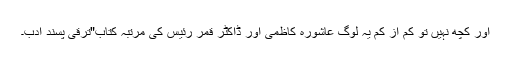
اور کچھ نہیں تو کم از کم یہ لوگ عاشورہ کاظمی اور ڈاکٹر قمر رئیس کی مرتبہ کتاب"ترقی پسند ادب۔